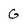
Character: G